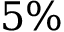
5 \%